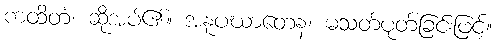
ကထိတံ၊ ဆိုအပ်၏။ အနူပဃာတေန၊ မသတ်ပုတ်ခြင်းဖြင့်။